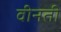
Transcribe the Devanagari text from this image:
वीनती